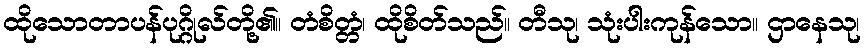
ထိုသောတာပန်ပုဂ္ဂိုလ်တို့၏။ တံစိတ္တံ၊ ထိုစိတ်သည်။ တီသု၊ သုံးပါးကုန်သော။ ဌာနေသု၊